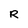
Character: R